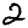
Digit: 2